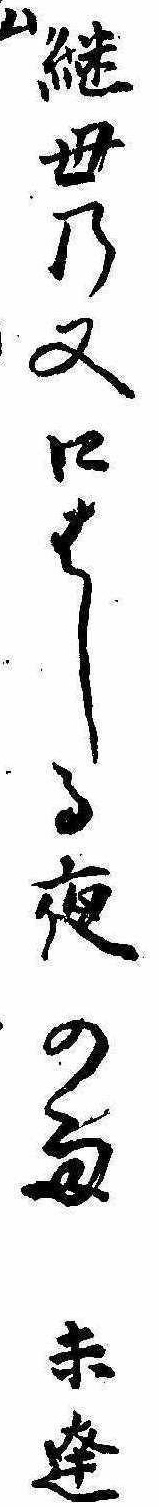
継母の又口はしる夜の雨未達仙